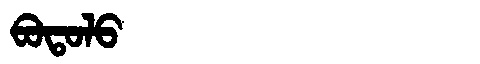
Manchu: ᠪᠣᡨᠣᠯᠣ
Romanization: BOTOLO